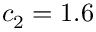
c _ { 2 } = 1 . 6